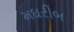
મઘરીબ